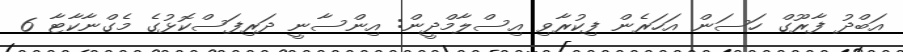
އަބްދު ފާރޫގް ހަސަން އަހަރެން ފިކުރާވި އިސްލާމްދީން: އިންސާނީ ދަރިފަސްކޮޅުގެ މެގްނާކާޓާ 6